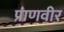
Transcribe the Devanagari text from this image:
प्राणवीर